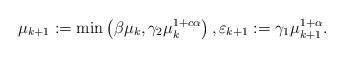
LaTeX: \begin{align*}\mu_{k+1}:=\min\left(\beta\mu_k, \gamma_2\mu_k^{1+c\alpha}\right),\varepsilon_{k+1}:=\gamma_1\mu_{k+1}^{1+\alpha}.\end{align*}